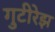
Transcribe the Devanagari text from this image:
गुटीरेझ